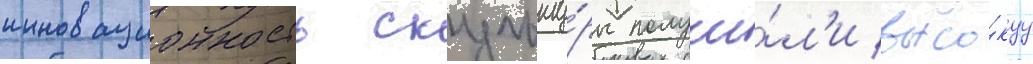
инновационность скульпту́ры получи́л'и высо́куу